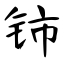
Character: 铈